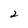
Character: 2